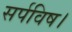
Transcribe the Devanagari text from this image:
सर्पविष।